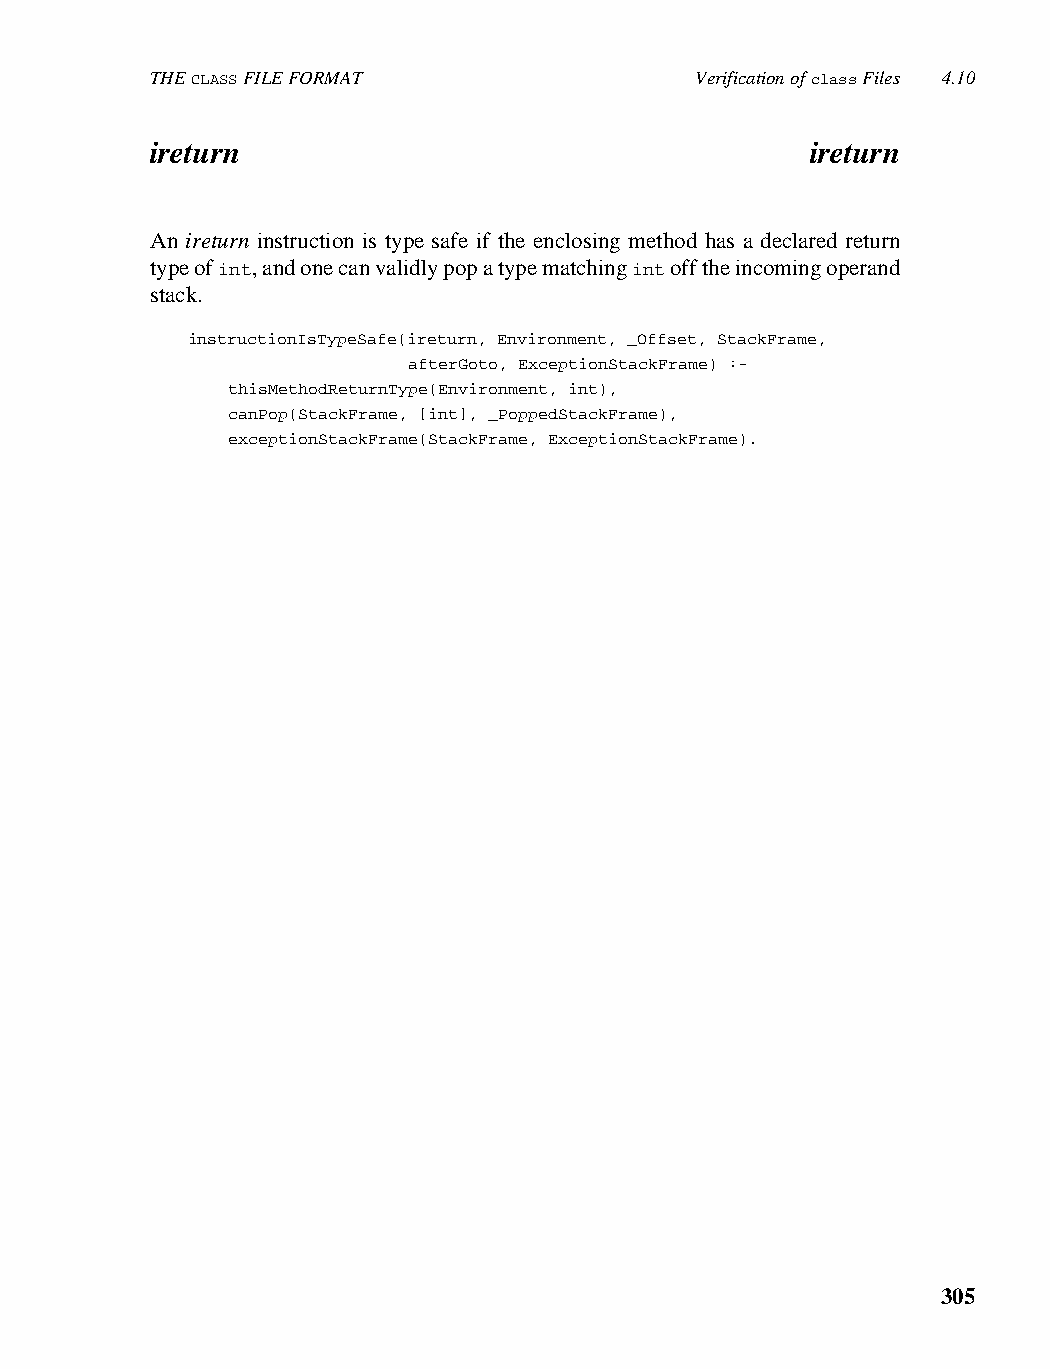
THE CLASS FILE FORMAT               Verification of class Files 4.10
 ireturn                                     ireturn
 An ireturn instruction is type safe if the enclosing method has a declared return
 type of int, and one can validly pop a type matching int off the incoming operand
 stack.
 instructionIsTypeSafe(ireturn, Environment, _Offset, StackFrame,
 afterGoto, ExceptionStackFrame) :-
 thisMethodReturnType(Environment, int),
 canPop(StackFrame, [int], _PoppedStackFrame),
 exceptionStackFrame(StackFrame, ExceptionStackFrame).
 305